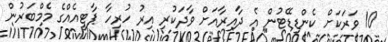
10 ވަރަކަށް ކެންޑިޑޭޓުން އެ ދާއިރާއަށް ވާދަކުރި އިރު ހުރިހާ ޕާޓީއެއްގެ މެމްބަރުން